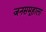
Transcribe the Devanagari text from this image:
जनसमूहाला